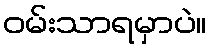
ဝမ်းသာရမှာပဲ။